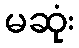
မဆုံး